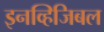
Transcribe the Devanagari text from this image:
इनव्हिजिबल